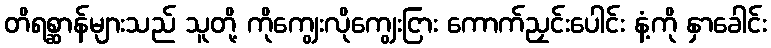
တိရစ္ဆာန်များသည် သူတို့ ကိုကျွေးလိုကျွေးငြား ကောက်ညှင်းပေါင်း နံ့ကို နှာခေါင်း